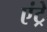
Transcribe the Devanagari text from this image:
एंट्रे